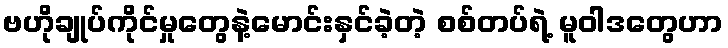
ဗဟိုချုပ်ကိုင်မှုတွေနဲ့မောင်းနှင်ခဲ့တဲ့ စစ်တပ်ရဲ့ မူဝါဒတွေဟာ